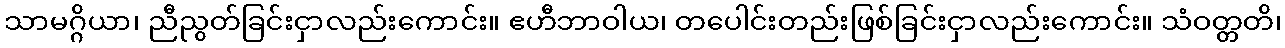
သာမဂ္ဂိယာ၊ ညီညွတ်ခြင်းငှာလည်းကောင်း။ ဧဟီဘာဝါယ၊ တပေါင်းတည်းဖြစ်ခြင်းငှာလည်းကောင်း။ သံဝတ္တတိ၊